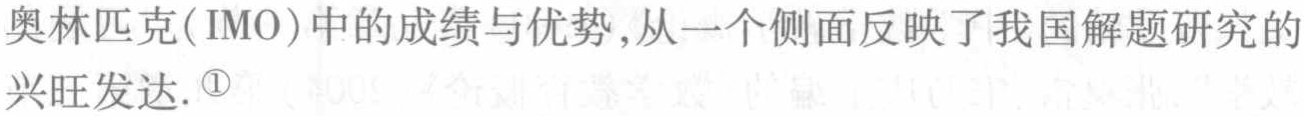
奥林匹克(IMO)中的成绩与优势,从一个侧面反映了我国解题研究的兴旺发达. \textcircled{1}